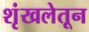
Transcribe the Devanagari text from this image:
शृंखलेतून